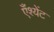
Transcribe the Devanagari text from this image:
एँश्येंट